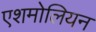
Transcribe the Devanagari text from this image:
एशमोलियन